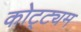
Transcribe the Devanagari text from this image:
कोट्ट्यम